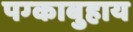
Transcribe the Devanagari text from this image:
पग्काबुहाय